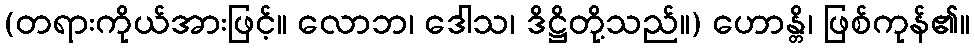
(တရားကိုယ်အားဖြင့်။ လောဘ၊ ဒေါသ၊ ဒိဋ္ဌိတို့သည်။) ဟောန္တိ၊ ဖြစ်ကုန်၏။